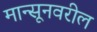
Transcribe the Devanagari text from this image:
मान्सूनवरील